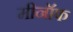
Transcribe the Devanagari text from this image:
मीनॉफ